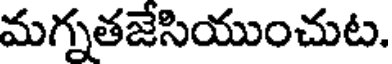
మగ్నతజేసియుంచుట.